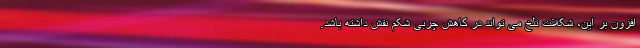
افزون بر این، شکلات تلخ می تواند در کاهش چربی شکم نقش داشته باشد.